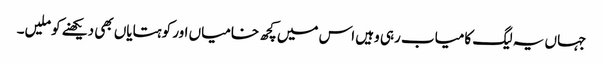
جہاں یہ لیگ کامیاب رہی وہیں اس میں کچھ خامیاں اور کوہتایاں بھی دیکھنے کو ملیں۔